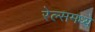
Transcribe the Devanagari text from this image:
रेल्समध्ये